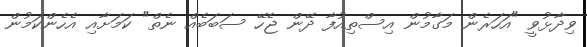
ވިދާޅުވީ "އަހަރެން މަގާމުން އިސްތިއުފާ ދޭން ޖެހޭ ސަބަބެއް ނެތް" ކަމަށާއި އެހެންކަމުން